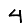
Digit: 4